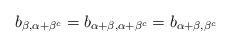
LaTeX: \begin{align*}b_{\beta, \alpha+\beta^c} = b_{\alpha+\beta, \alpha+\beta^c} = b_{\alpha+\beta,\beta^c}\end{align*}